King Institute of Preventive Medicine Micro-Biological Section reports 1909-11
Year: 1909
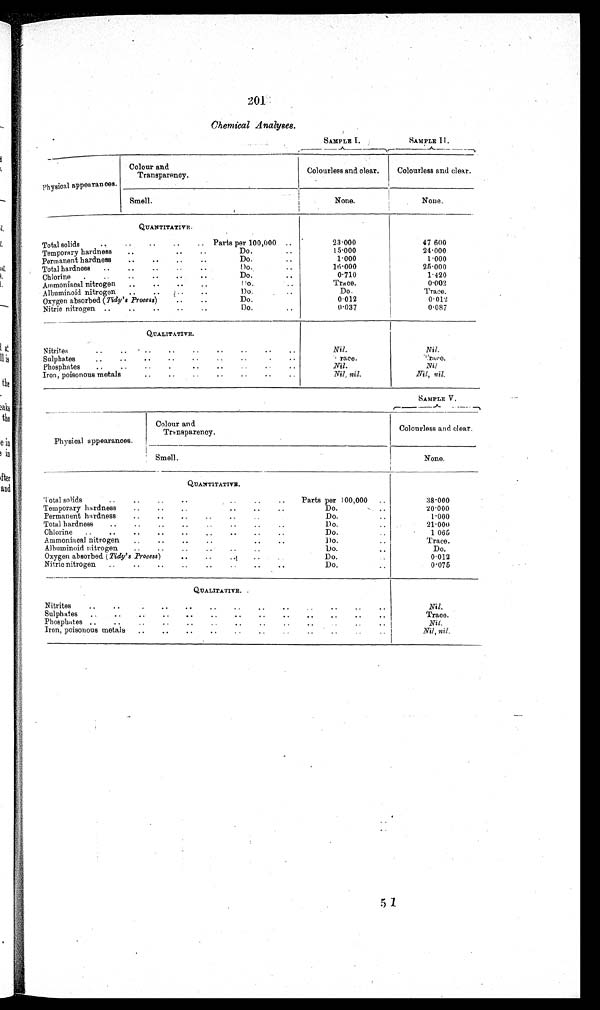
Chemical Analyses.
SAMPLE I.
SAMPLE II.
Physical appearances.
Colour and
Transparency.
Colourless and clear.
Colourless and clear.
Smell.
None.
None.
QUANTITATIVE.
Total solids
Parts per 100,000
23·000
47·600
Temporary hardness
Do.
15·000
24·000
Permanent hardness
Do.
1 · 0 0 0
1·000
Total hardness
Do.
16·000
25·000
Chlorine
Do.
0·710
1·420
Ammoniacal nitrogen
Do.
Trace.
0·002
Albuminoid nitrogen
Do.
Do.
Trace.
Oxygen absorbed ( Tidy's Process)
Do.
0·012
0·012
Nitric nitrogen
Do.
0·037
0·087
QUALITATIVE.
Nitrites
Nil.
Nil.
Sulphates
Trace.
Trace.
Phosphates
Nil.
Nil.
Iron, poisonous metals
Nil, nil.
Nil, nil.
SAMPLE V.
Physical appearances.
Colour and
Transparency.
Colourless and clear.
Smell.
None.
QUANTITATIVE.
Total solids
Parts per 100,000
38·000
Temporary hardness
Do.
20·00
Permanent hardness
Do.
1·000
Total hardness
Do.
21·000
Chlorine
Do.
1·065
Ammoniacal nitrogen
Do.
Trace.
Albuminoid nitrogen
Do.
Do.
Oxygen absorbed. ( Tidy's Process )
Do.
0·012
Nitric nitrogen
Do.
0·075
QUALITATIVE.
Nitrites
Nil.
Sulphates
Trace.
Phosphates
Nil.
Iron, poisonous metaly
Nil, nil.
5